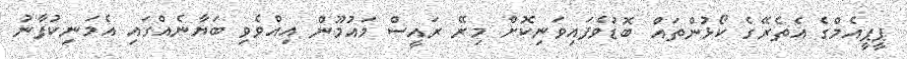
ޕީޕީއެމްގެ އެތެރޭގެ ކޯޅުންތައް ބޮޑުވެފައިވަނިކޮށް މިރޭ ރައީސް މައުމޫން އިއްވެވި ބަޔާނެއްގައި އެމަނިކުފާނު